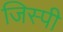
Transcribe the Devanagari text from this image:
जिस्पी